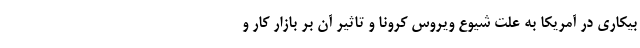
بیکاری در آمریکا به علت شیوع ویروس کرونا و تاثیر آن بر بازار کار و